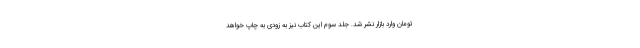
تومان وارد بازار نشر شد. جلد سوم این کتاب نیز به زودی به چاپ خواهد